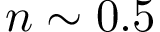
n \sim 0 . 5